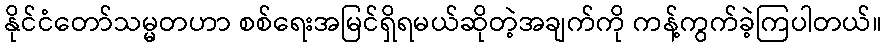
နိုင်ငံတော်သမ္မတဟာ စစ်ရေးအမြင်ရှိရမယ်ဆိုတဲ့အချက်ကို ကန့်ကွက်ခဲ့ကြပါတယ်။